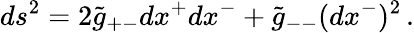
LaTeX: ds^{2}=2\tilde{g}_{+-}dx^{+}dx^{-}+\tilde{g}_{--}(dx^{-})^{2}\, .